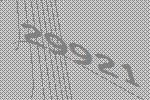
29921